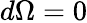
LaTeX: d\Omega=0